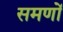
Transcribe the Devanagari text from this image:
समणों